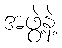
အဖွဲ့နဲ့